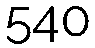
540